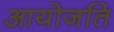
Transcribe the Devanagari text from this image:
आयोजति